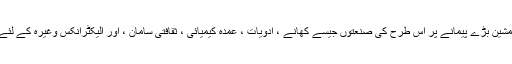
افقی اسٹیکر لیبلنگ مشین بڑے پیمانے پر اس طرح کی صنعتوں جیسے کھانے ، ادویات ، عمدہ کیمیائی ، ثقافتی سامان ، اور الیکٹرانکس وغیرہ کے لئے استعمال ہوتی ہے۔